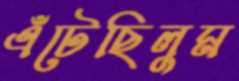
এঁটেছিলুম